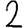
Digit: 2